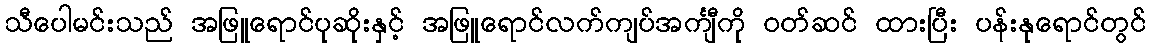
သီပေါမင်းသည် အဖြူရောင်ပုဆိုးနှင့် အဖြူရောင်လက်ကျပ်အင်္ကျီကို ဝတ်ဆင် ထားပြီး ပန်းနုရောင်တွင်